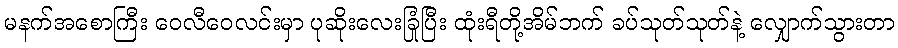
မနက်အစောကြီး ဝေလီဝေလင်းမှာ ပုဆိုးလေးခြုံပြီး ထုံးရီတို့အိမ်ဘက် ခပ်သုတ်သုတ်နဲ့ လျှောက်သွားတာ